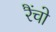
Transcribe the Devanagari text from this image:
रैंचो